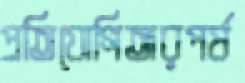
প্রতিযোগিতারপর্ষ